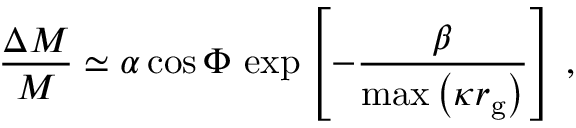
\frac { \Delta M } { M } \simeq \alpha \cos \Phi \, \exp \left[ - \frac { \beta } { \mathrm { m a x } \left( \kappa r _ { \mathrm { g } } \right) } \right] \, ,